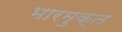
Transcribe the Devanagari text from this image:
भारमुक्त